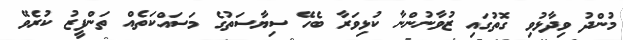
މުންދު ވިދާޅުވި ގޮތުގައި ޒުވާނުންނާ ކުޅިވަރާ ބެހޭ ސިޔާސަތުގެ މަސައްކަތެއް ތަންފީޒު ކުރެވޭ